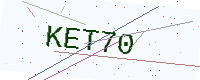
Text: KET70